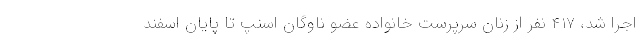
اجرا شد، ۴۱۷ نفر از زنان سرپرست خانواده عضو ناوگان اسنپ تا پایان اسفند